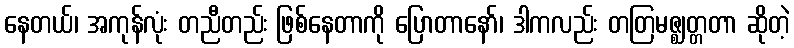
နေတယ်၊ အကုန်လုံး တညီတည်း ဖြစ်နေတာကို ပြောတာနော်၊ ဒါကလည်း တတြမဇ္ဈတ္တတာ ဆိုတဲ့